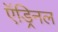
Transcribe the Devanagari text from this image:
ऍड्रिनल